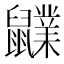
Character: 𪖊